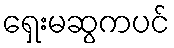
ရှေးမဆွကပင်